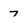
Character: 7